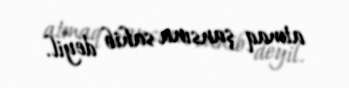
atmaq şansına sahib deyil.